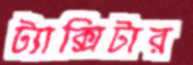
ট্যাক্সিটার